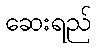
ဆေးရည်